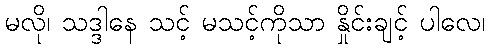
မလို၊ သဒ္ဒါနေ သင့် မသင့်ကိုသာ နှိုင်းချင့် ပါလေ၊